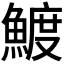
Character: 𬵟